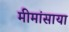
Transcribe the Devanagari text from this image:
मीमांसाया